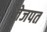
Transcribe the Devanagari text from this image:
तेजपत